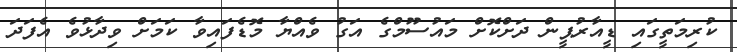
ކުރިމަތީގައި ޑީއާރުޕީން ދަށްކޮށް މައުސޫމްގެ އަގު ވެއްޔާ މޮޑެފައިވާ ކަމަށް ވިދާޅުވެ އެފަދަ